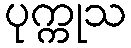
ပုက္ကုသ